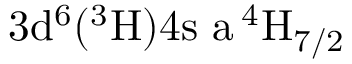
\mathrm { 3 d ^ { 6 } ( ^ { 3 } H ) 4 s \ a \, ^ { 4 } H _ { 7 / 2 } }